画像に写った文字を読んでください
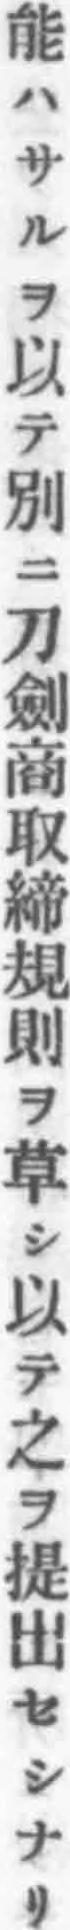
「能ハサルヲ以テ別ニ刀劍商取締規則ヲ草シ以テ之ヲ提出セシナリ」と書いてあります